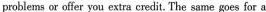
problems or offer you extra credit. The same goes for a